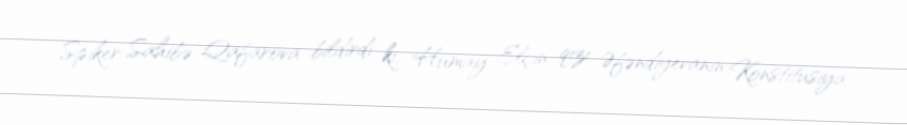
Spiker Sahibə Qafarova bildirdi ki, Humay Elçin qızı Əfəndiyevanın Konstitusiya